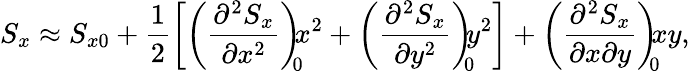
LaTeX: S_{x}\approx S_{x0}+\frac{1}{2}\left[\left(\frac{\partial^{2}S_{x}}{\partial x^{2}}\right)_{\! \! 0}\! \! x^{2}+\left(\frac{\partial^{2}S_{x}}{\partial y^{2}}\right)_{\! \! 0}\! \! y^{2}\right]+\left(\frac{\partial^{2}S_{x}}{\partial x\partial y}\right)_{\! \! 0}\! \! xy,